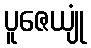
ပူဇေယျုံ